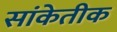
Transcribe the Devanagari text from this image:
सांकेतीक